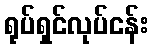
ရုပ်ရှင်လုပ်ငန်း